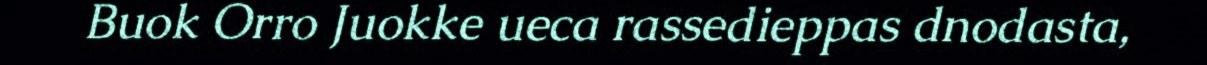
Buok Orro Juokke ueca rassedieppas dnodasta,